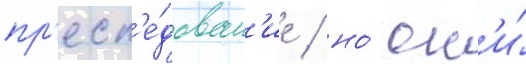
пр'есл'е́дован'ие / но́ он'и́